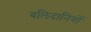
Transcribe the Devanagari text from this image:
बलिदानियों